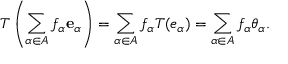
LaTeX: T \left( \sum _ { \alpha \in A } f _ { \alpha } \mathbf { e } _ { \alpha } \right) = \sum _ { \alpha \in A } f _ { \alpha } T ( e _ { \alpha } ) = \sum _ { \alpha \in A } f _ { \alpha } \theta _ { \alpha } .